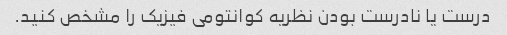
درست یا نادرست بودن نظریه کوانتومی فیزیک را مشخص کنید.